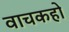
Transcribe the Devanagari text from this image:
वाचकहो